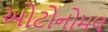
ઓટોનોમલ